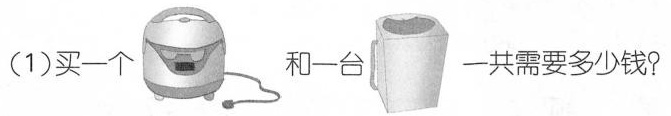
(1)买一个和一台 一共需要多少钱?